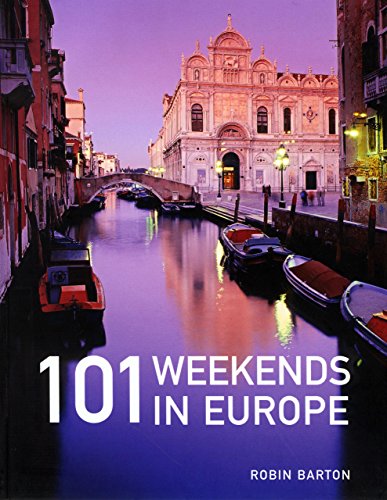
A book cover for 101 Weekends in Europe; Robin Barton; Travel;